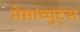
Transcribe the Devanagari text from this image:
मेसाच्युट्स